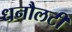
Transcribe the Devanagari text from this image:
धनौलटी